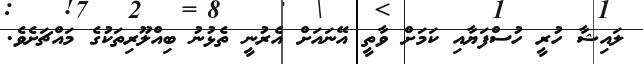
ލައިޝާ ހުރީ ހުސްފަޔާއި ކަމަށް ވާތީ އޭނައަށް އެރުނީ ތެޅުނު ބިއްލޫރިތަކުގެ މައްޗަށެވެ.